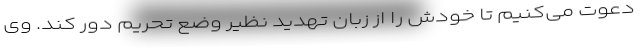
دعوت می‌کنیم تا خودش را از زبان تهدید نظیر وضع تحریم دور کند. وی